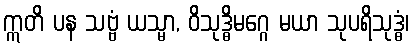
ဣတိ ပန သဗ္ဗံ ယသ္မာ, ဝိသုဒ္ဓိမဂ္ဂေ မယာ သုပရိသုဒ္ဓံ၊